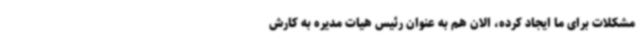
مشکلات برای ما ایجاد کرده، الان هم به عنوان رئیس هیات مدیره به کارش